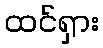
ထင်ရှား